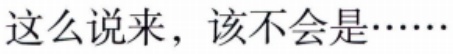
这么说来，该不会是……